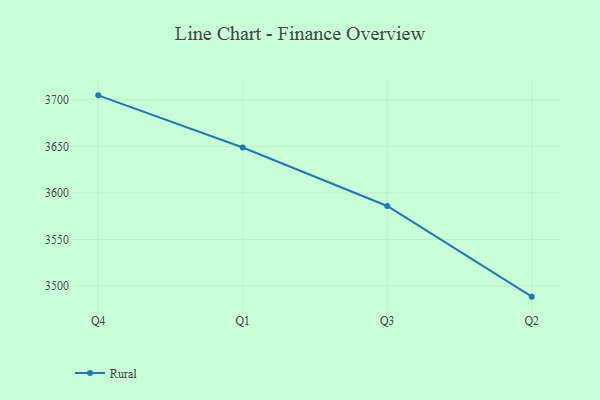
{"axis": {"x": "Quarter", "y": "Market Share (%)"}, "legend": ["Rural"], "data": [{"x": "Q4", "y": 3704.8, "type": "Rural"}, {"x": "Q1", "y": 3648.8, "type": "Rural"}, {"x": "Q3", "y": 3586.0, "type": "Rural"}, {"x": "Q2", "y": 3488.6, "type": "Rural"}]}